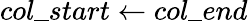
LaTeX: col\_ start\gets col\_ end